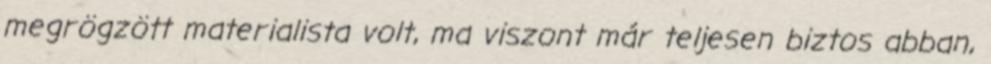
megrögzött materialista volt, ma viszont már teljesen biztos abban,